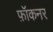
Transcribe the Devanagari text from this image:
फ़ॉकनर